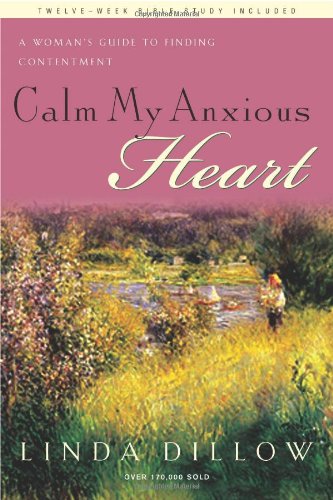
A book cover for Calm My Anxious Heart: A Woman's Guide to Finding Contentment (TH1NK Reference Collection); Linda Dillow; Christian Books & Bibles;